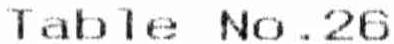
TABLE NO.26